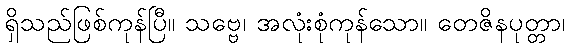
ရှိသည်ဖြစ်ကုန်ပြီ။ သဗ္ဗေ၊ အလုံးစုံကုန်သော။ တေဇိနပုတ္တာ၊